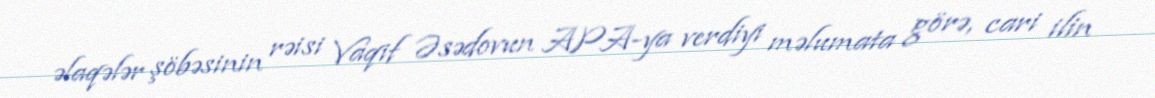
əlaqələr şöbəsinin rəisi Vaqif Əsədovun APA-ya verdiyi məlumata görə, cari ilin